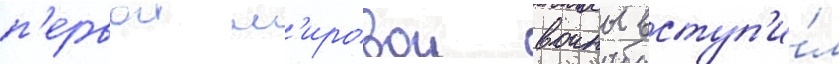
п'ервои м'ировои воины вступ'и́л